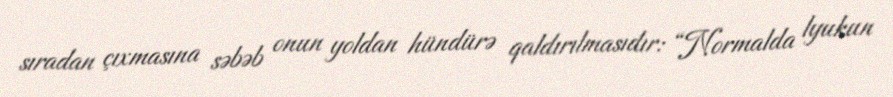
sıradan çıxmasına səbəb onun yoldan hündürə qaldırılmasıdır: “Normalda lyukun